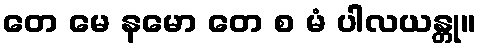
တေ မေ နမော တေ စ မံ ပါလယန္တု။